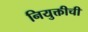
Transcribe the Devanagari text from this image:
नियुक्तीची